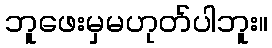
ဘူဖေးမှမဟုတ်ပါဘူး။